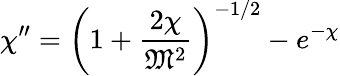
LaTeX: \chi^{\prime\prime}=\left(1+{\frac{2\chi}{{\mathfrak{M}}^{2}}}\right)^{-1/2}-e^{-\chi}